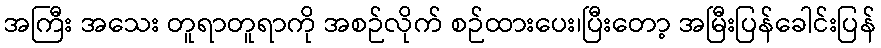
အကြီး အသေး တူရာတူရာကို အစဉ်လိုက် စဉ်ထားပေး၊ပြီးတော့ အမြီးပြန်ခေါင်းပြန်